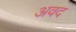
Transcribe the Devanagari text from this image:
अवद